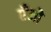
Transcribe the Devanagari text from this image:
एँजो